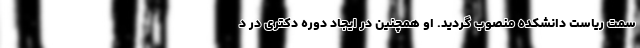
سمت ریاست دانشکده منصوب گردید. او همچنین در ایجاد دوره دکتری در د